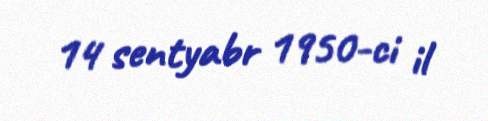
14 sentyabr 1950-ci il